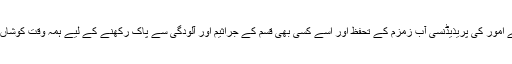
حرمین کے امور کی پریذیڈنسی آب زمزم کے تحفظ اور اسے کسی بھی قسم کے جراثیم اور آلودگی سے پاک رکھنے کے لیے ہمہ وقت کوشاں رہتی ہے۔